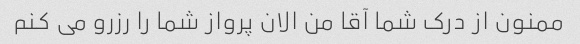
ممنون از درک شما آقا من الان پرواز شما را رزرو می کنم